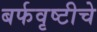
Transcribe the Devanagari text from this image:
बर्फवृष्टीचे